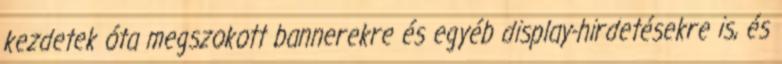
kezdetek óta megszokott bannerekre és egyéb display-hirdetésekre is, és